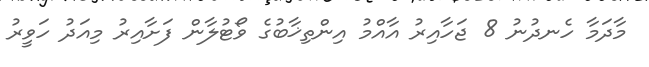
މާދަމާ ހެނދުނު 8 ޖަހާއިރު އާއްމު އިންތިޚާބުގެ ވޯޓުލާން ފަށާއިރު މިއަދު ހަވީރު